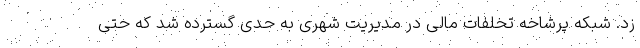
زد. شبکه پرشاخه تخلفات مالی در مدیریت شهری به حدی گسترده شد که حتی